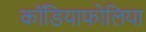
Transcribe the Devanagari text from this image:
कॉडियाफोलिया